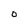
Character: 0